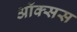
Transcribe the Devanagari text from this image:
ऑक्सस